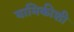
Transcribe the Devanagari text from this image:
यामिकीशी